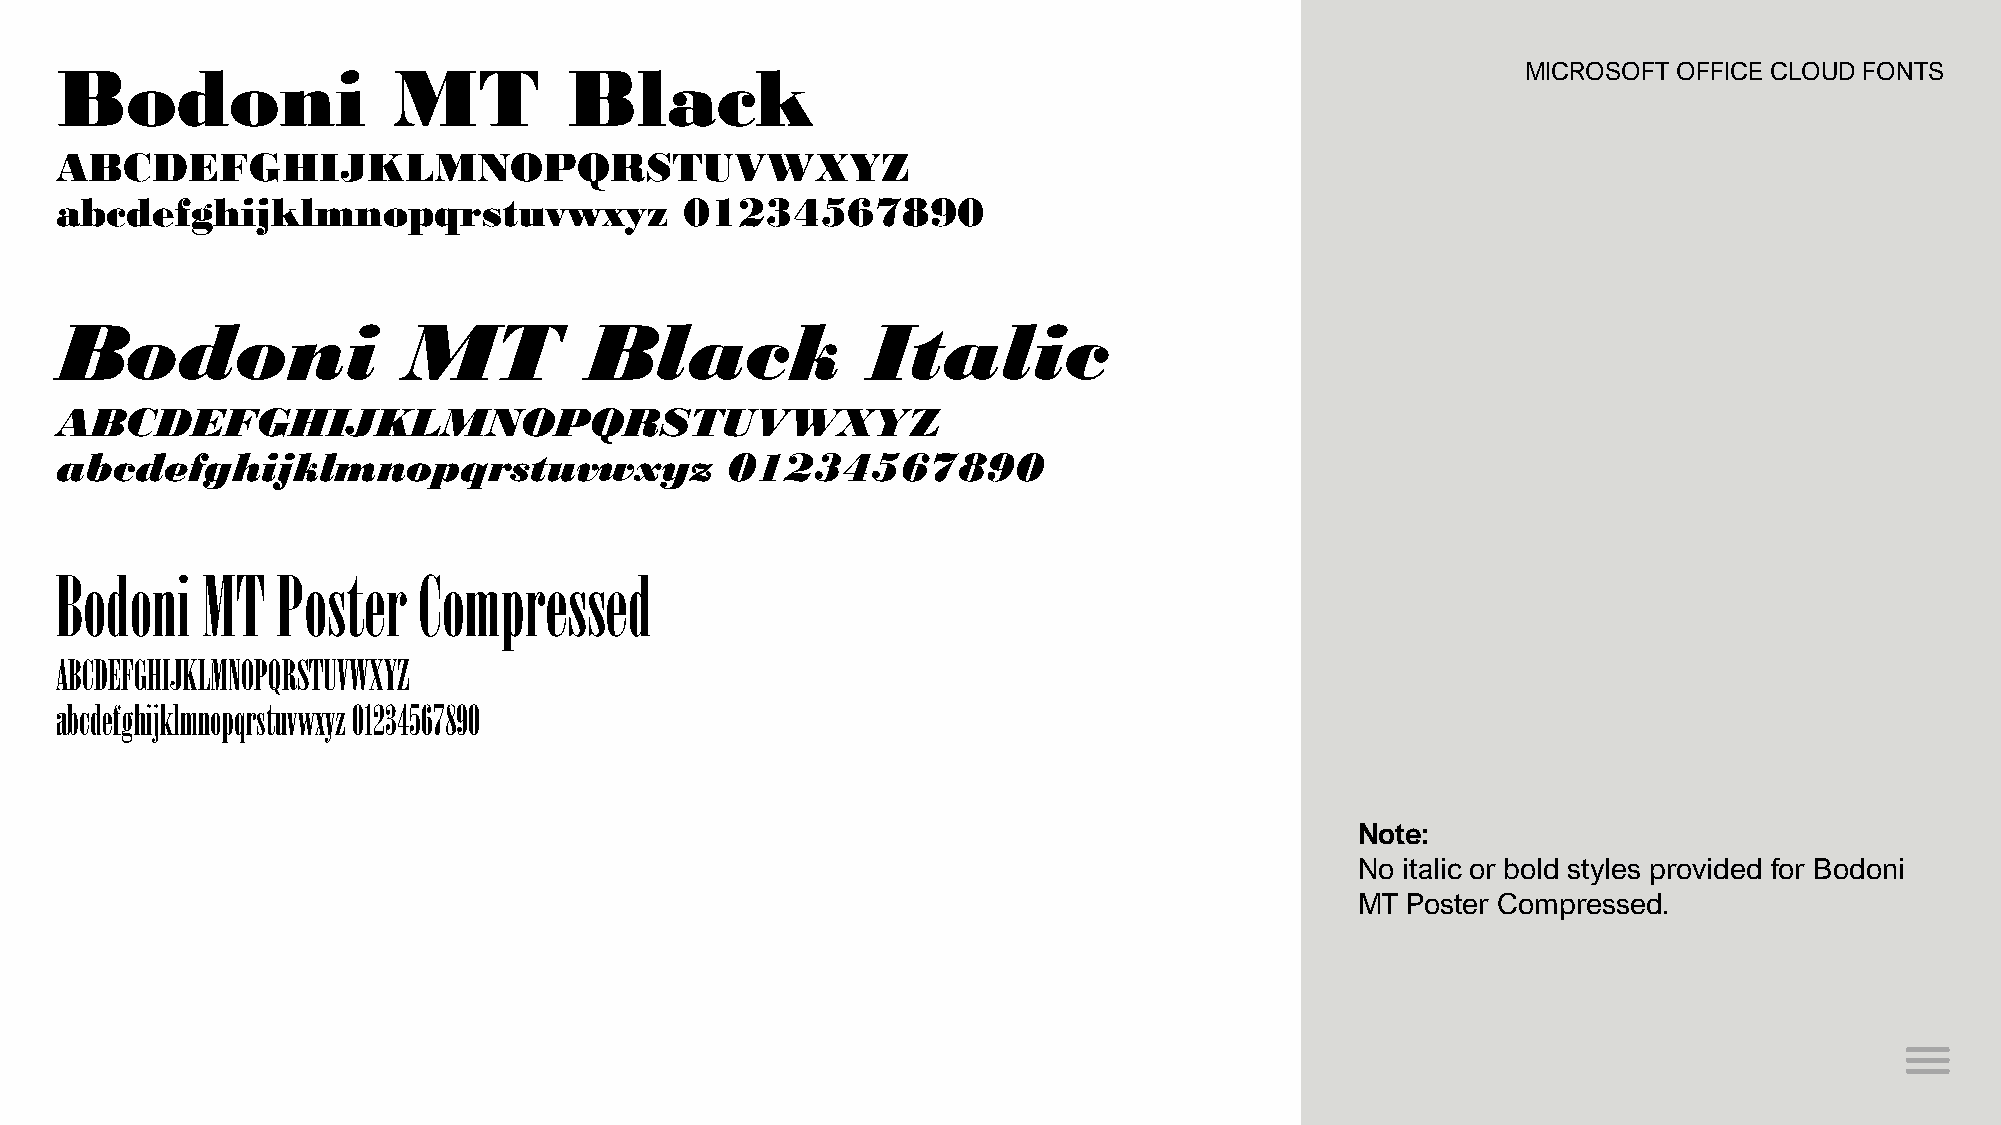
Bodoni                MT          Black                                                          MICROSOFT OFFICE CLOUD FONTS
 ABCDEFGHIJKLMNOPQRSTUVWXYZ
 abcdefghijklmnopqrstuvwxyz               01234567890
 Bodoni                 MT          Black             Italic
 ABCDEFGHIJKLMNOPQRSTUVWXYZ
 abcdefghijklmnopqrstuvwxyz                  01234567890
 Bodoni   MT   Poster    Compressed
 ABCDEFGHIJKLMNOPQRSTUVWXYZ
 abcdefghijklmnopqrstuvwxyz 01234567890
 Note:
 No italic or bold styles provided for Bodoni
 MT Poster Compressed.